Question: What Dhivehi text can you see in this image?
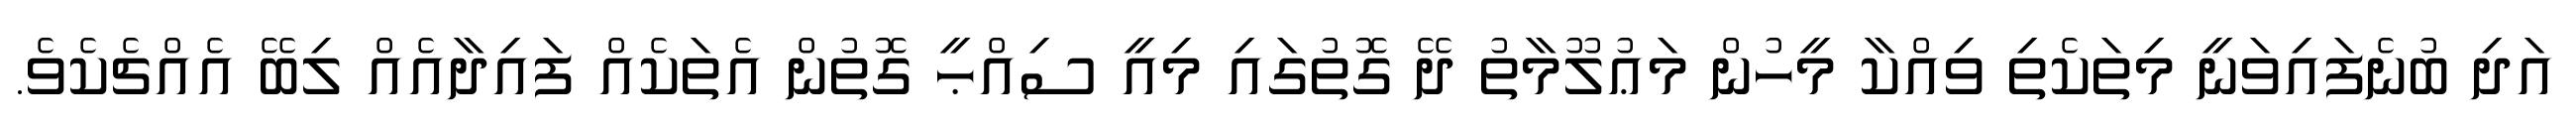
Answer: އަދި ބުނެފައިވަނީ މިތަކެތި ވިއްކާ މީހުން މަޢުލޫމާތު ދޭ ގޮތުގައި މިއީ ސިއްޙީ ގޮތުން އެތަކެއް ފައިދާއެއް ލިބޭ އެއްޗެކެވެ.